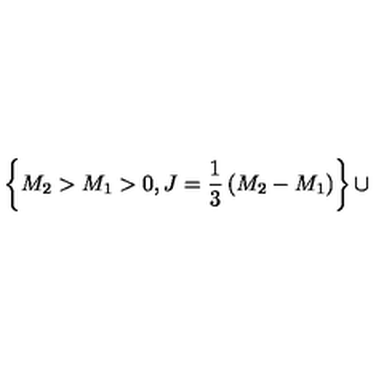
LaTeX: \left\{ M _ { 2 } > M _ { 1 } > 0 , J = { \frac { 1 } { 3 } } \left( M _ { 2 } - M _ { 1 } \right) \right\} \cup